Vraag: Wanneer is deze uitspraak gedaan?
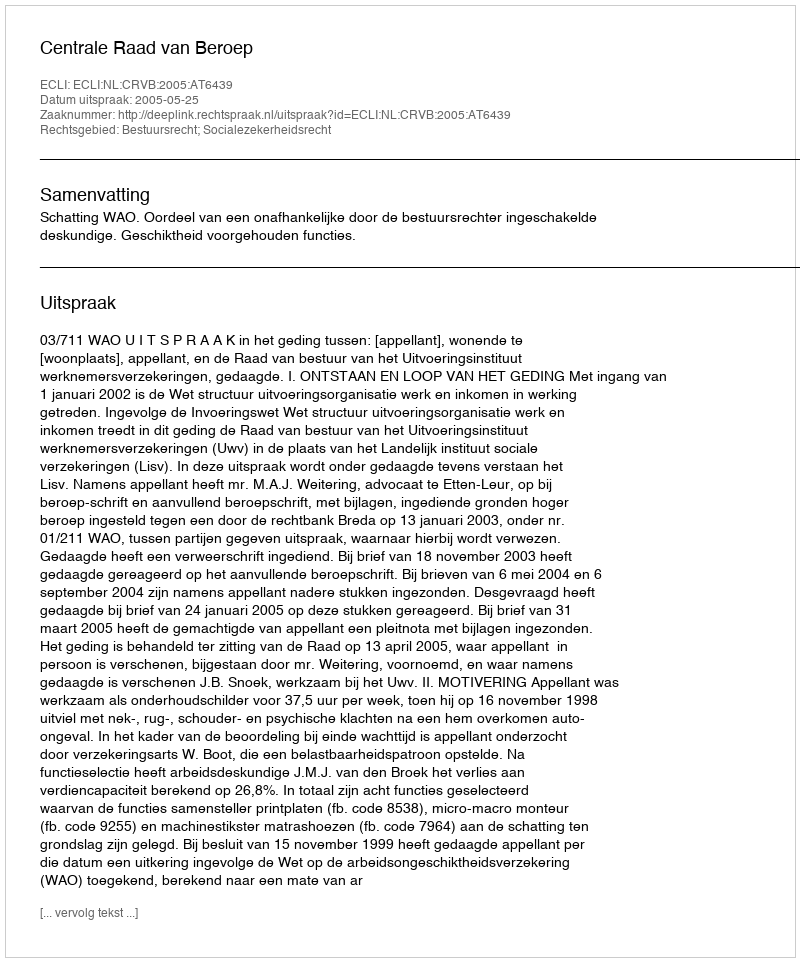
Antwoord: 2005-05-25